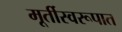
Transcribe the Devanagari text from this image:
मूर्तीस्वरूपात